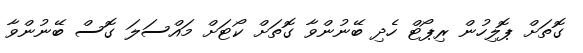
ގޮތަށް ޕޮލިހުން ރިޕޯޓް ހެދި ބޭނުންވާ ގޮތަށް ކޯޓަށް މައްސަލަ ގޮސް ބޭނުންވާ